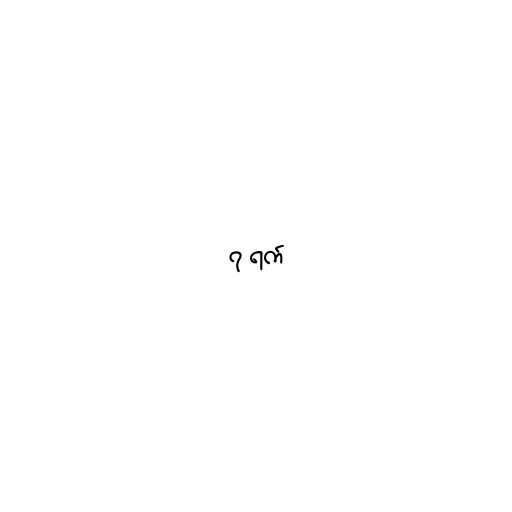
၇ ရက်